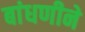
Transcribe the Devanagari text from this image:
बांधणीने